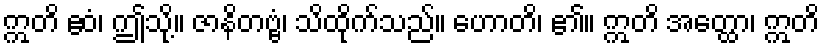
ဣတိ ဧဝံ၊ ဤသို့။ ဇာနိတဗ္ဗံ၊ သိထိုက်သည်။ ဟောတိ၊ ၏။ ဣတိ အတ္ထော၊ ဣတိ